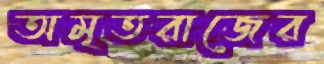
অমৃতরাজের